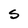
Character: S